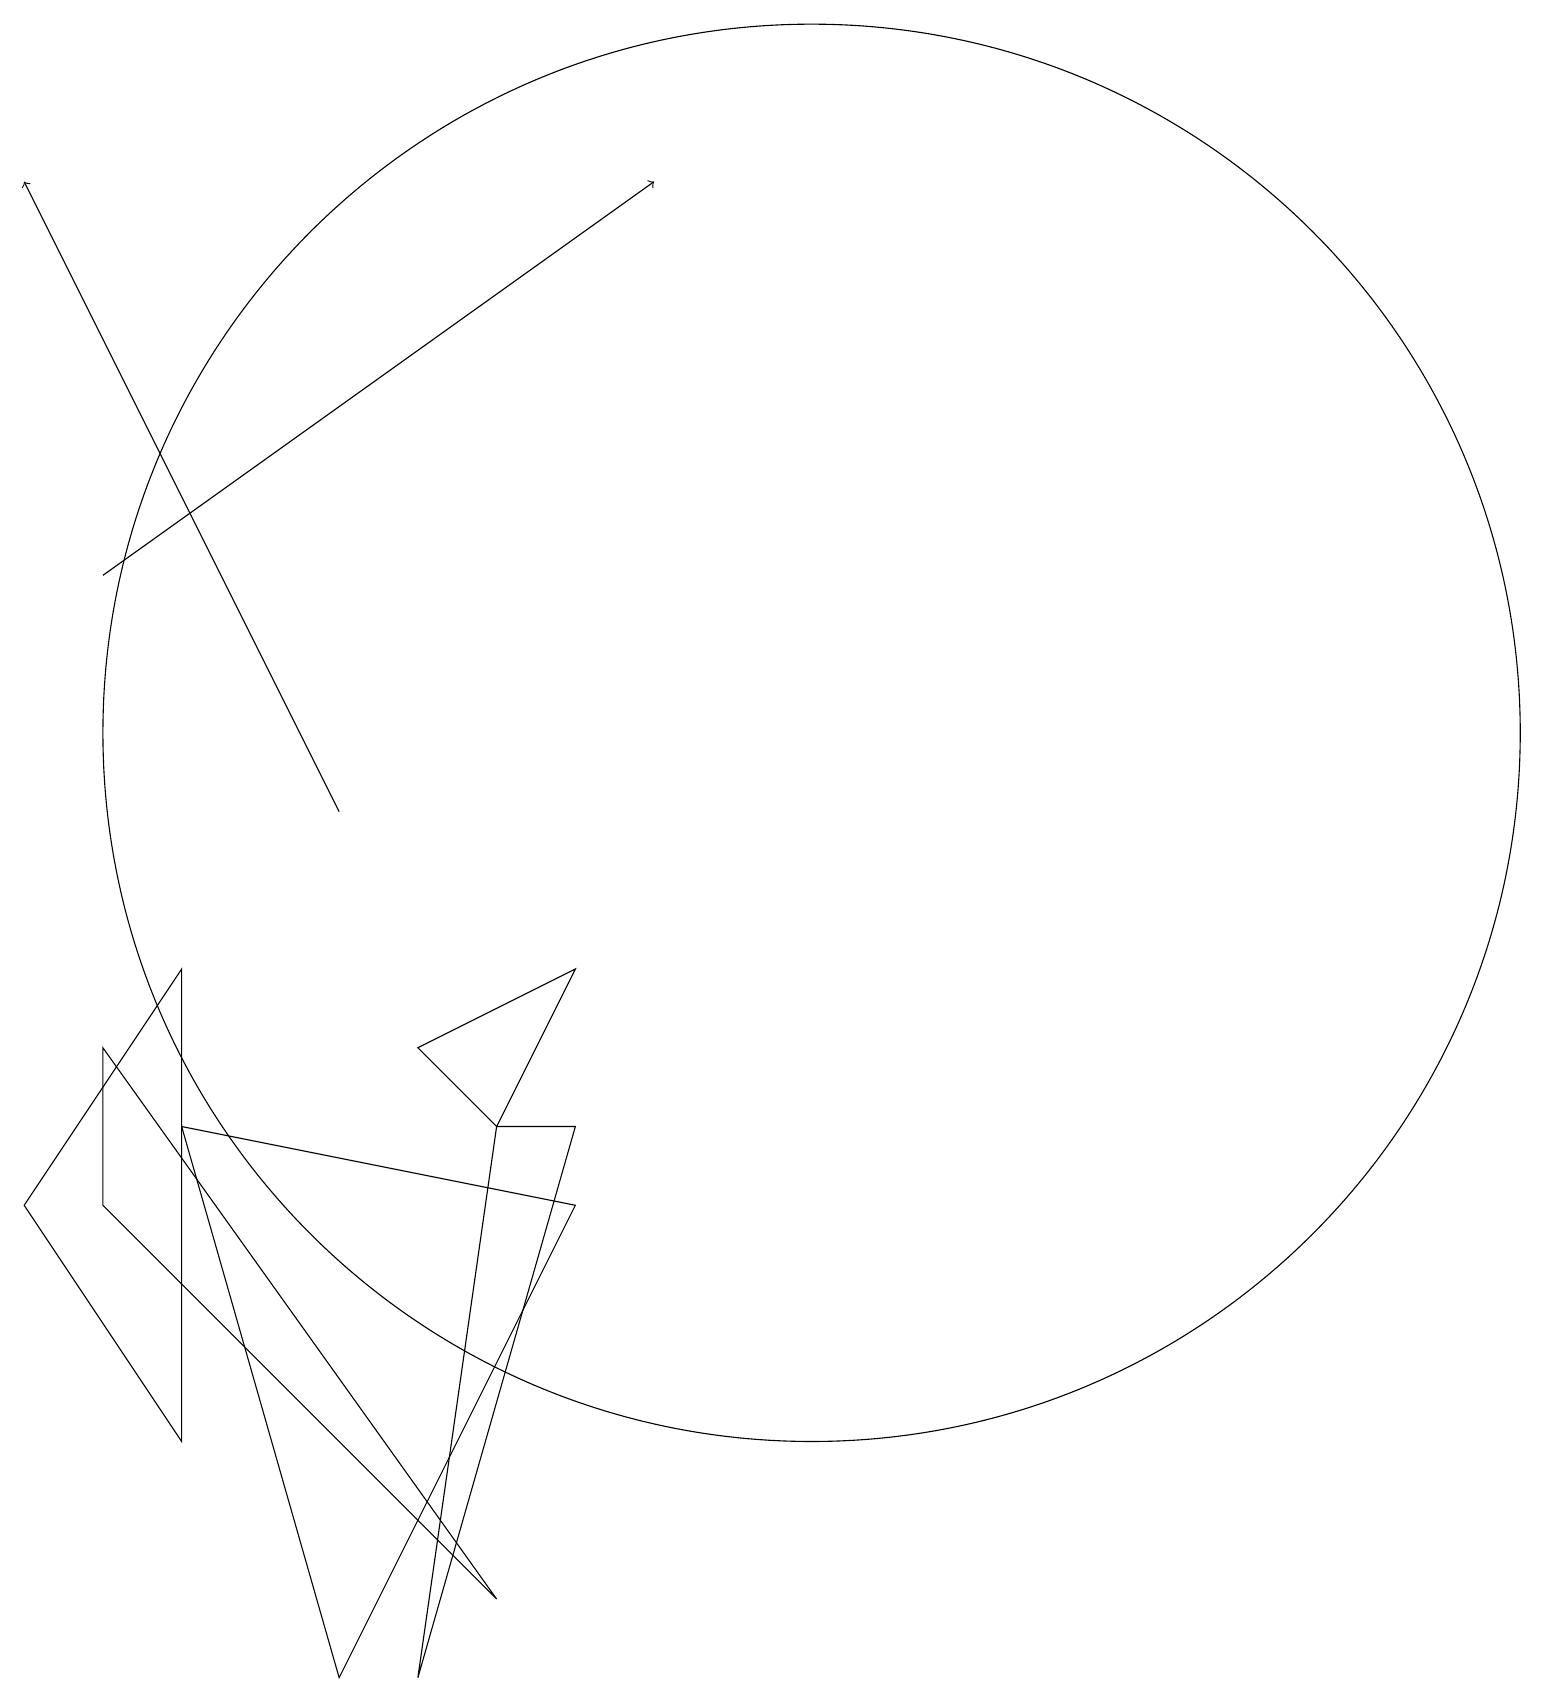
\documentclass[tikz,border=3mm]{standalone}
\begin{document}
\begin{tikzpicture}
\draw (3,9) -- (1,6) -- (3,3) -- cycle;
\draw (6,0) -- (8,7) -- (7,7) -- cycle;
\draw[->] (5,11) -- (1,19);
\draw (8,9) -- (6,8) -- (7,7) -- cycle;
\draw (5,0) -- (3,7) -- (8,6) -- cycle;
\draw (11,12) circle (9);
\draw (2,6) -- (2,8) -- (7,1) -- cycle;
\draw[->] (2,14) -- (9,19);
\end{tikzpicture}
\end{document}